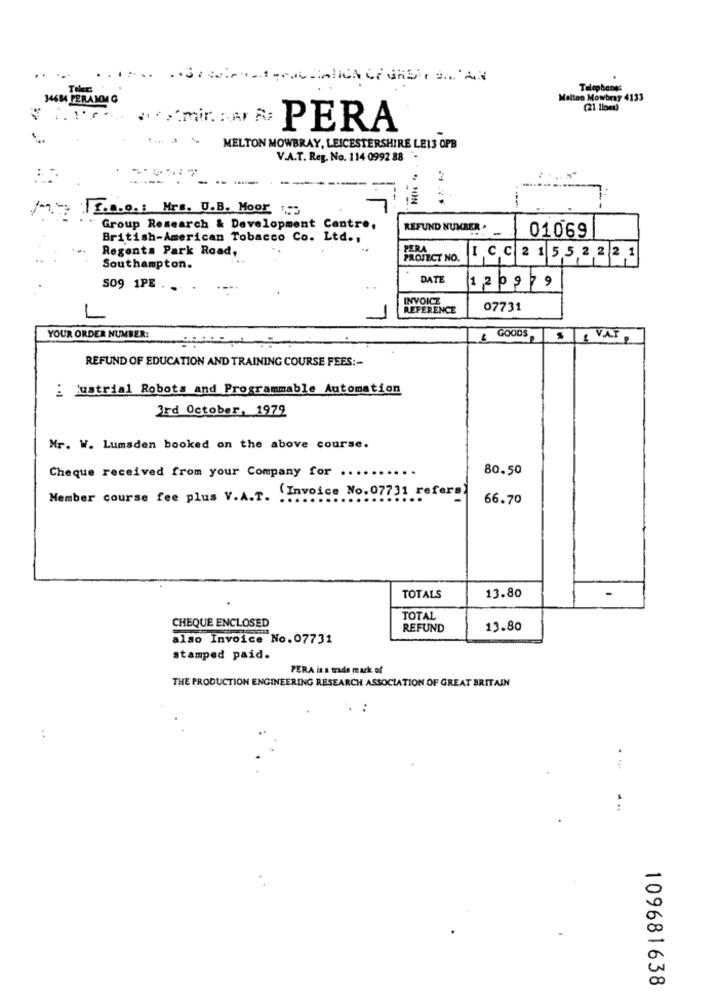
Telephone:
34684 PERAMMG
Melton Mowbray 4133
(21 1let)
."mir. : Ar R;
PERA
MELTON MOWBRAY, LEICESTERSHIRE LE13 OPB
V.A.T. Reg. No. 114 0992 88
1 .n.o .: Mrs. U.B. Moor
- -
Group Research & Development Centre,
REFUND NUMBER .
British-American Tobacco Co. Ltd .,
01069
Regents Park Road,
ICC 2 155 2 2 21
PROJECT NO.
Southampton.
DATE
12 0 9 7 9
509 1PE
INVOICE
REFERENCE
07731
L
YOUR ORDER NUMBER:
GOODS
SI VAT
REFUND OF EDUCATION AND TRAINING COURSE FEES :-
i justrial Robots and Programmable Automation
3rd October, 1979
Mr. W. Lumsden booked on the above course.
80.50
Cheque received from your Company for ..
Member course fee plus V.A.T. (Invoice No. 07731 refers)
66.70
13.80
-
TOTALS
CHEQUE ENCLOSED
TOTAL
REFUND
13.80
also Invoice No.07731
stamped paid.
PERA is a trade mark of
THE PRODUCTION ENGINEERING RESEARCH ASSOCIATION OF GREAT BRITAIN
:
109681638